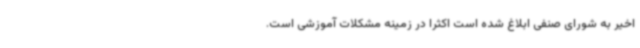
اخیر به شورای صنفی ابلاغ شده است اکثرا در زمینه مشکلات آموزشی است.